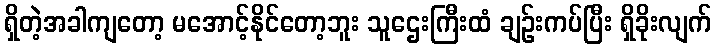
ရှိတဲ့အခါကျတော့ မအောင့်နိုင်တော့ဘူး သူဌေးကြီးထံ ချဉ်းကပ်ပြီး ရှိခိုးလျက်